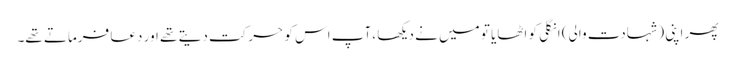
پھر اپنی (شہادت والی) انگلی کو اٹھایا تو میں نے دیکھا ،آپ اس کو حرکت دیتے تھے اور دعا فرماتے تھے۔